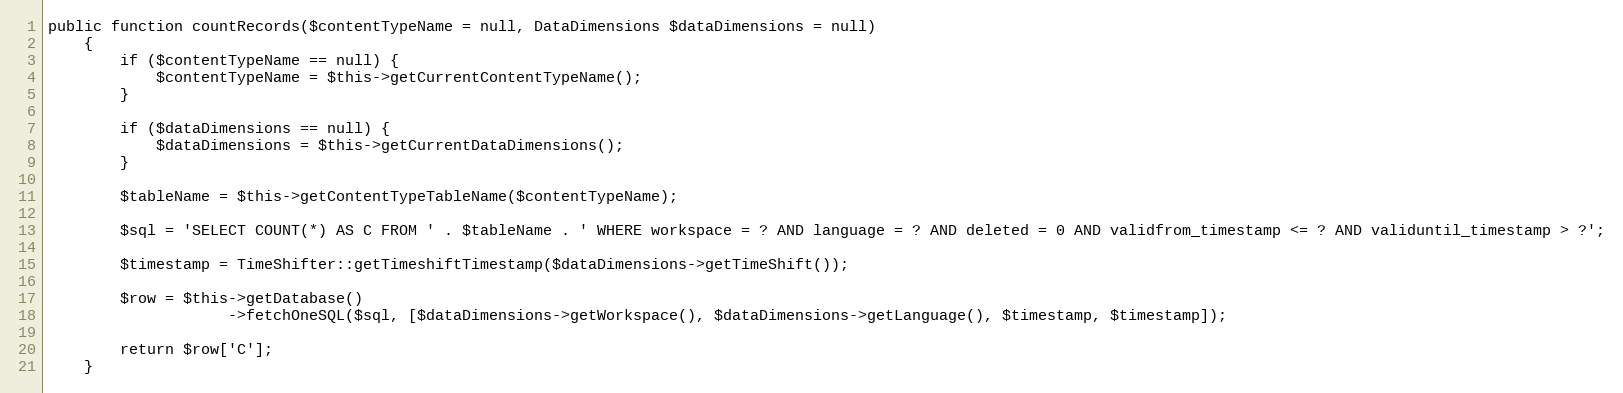
Language: PHP
public function countRecords($contentTypeName = null, DataDimensions $dataDimensions = null)
    {
        if ($contentTypeName == null) {
            $contentTypeName = $this->getCurrentContentTypeName();
        }

        if ($dataDimensions == null) {
            $dataDimensions = $this->getCurrentDataDimensions();
        }

        $tableName = $this->getContentTypeTableName($contentTypeName);

        $sql = 'SELECT COUNT(*) AS C FROM ' . $tableName . ' WHERE workspace = ? AND language = ? AND deleted = 0 AND validfrom_timestamp <= ? AND validuntil_timestamp > ?';

        $timestamp = TimeShifter::getTimeshiftTimestamp($dataDimensions->getTimeShift());

        $row = $this->getDatabase()
                    ->fetchOneSQL($sql, [$dataDimensions->getWorkspace(), $dataDimensions->getLanguage(), $timestamp, $timestamp]);

        return $row['C'];
    }